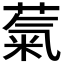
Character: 𫉀